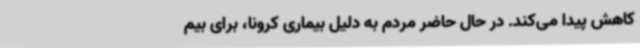
کاهش پیدا می‌کند. در حال حاضر مردم به دلیل بیماری کرونا، برای بیم